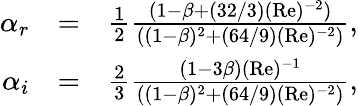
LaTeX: \begin{array}{rlr}{\alpha_{r}}&{=}&{\frac{1}{2}\frac{(1-\beta+(32/3)(\mathrm{Re})^{-2})}{((1-\beta)^{2}+(64/9)(\mathrm{Re})^{-2})},}\\ {\alpha_{i}}&{=}&{\frac{2}{3}\frac{(1-3\beta)(\mathrm{Re})^{-1}}{((1-\beta)^{2}+(64/9)(\mathrm{Re})^{-2})},}\end{array}